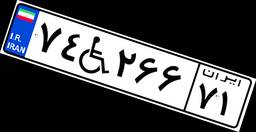
۷۴W۲۶۶۷۱